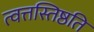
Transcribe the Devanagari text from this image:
त्वत्तस्तिष्ठति